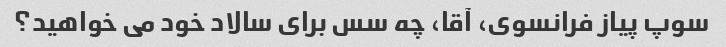
سوپ پیاز فرانسوی، آقا، چه سس برای سالاد خود می خواهید؟